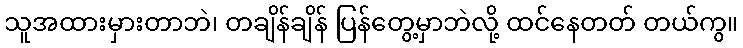
သူအထားမှားတာဘဲ၊ တချိန်ချိန် ပြန်တွေ့မှာဘဲလို့ ထင်နေတတ် တယ်ကွ။